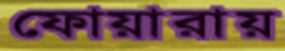
ফোয়ারায়